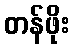
တန်ဖိုး